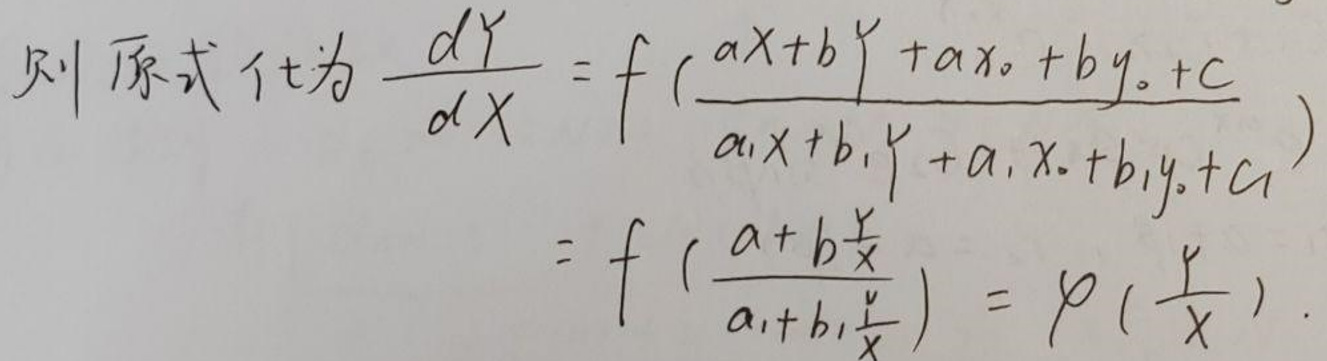
则原式化为
\[
\begin{align*}
\frac{dY}{dX}&=f\left(\frac{aX + bY+ax_0 + by_0 + c}{a_1X + b_1Y+a_1x_0 + b_1y_0 + c_1}\right)\\
&=f\left(\frac{a + b\frac{Y}{X}}{a_1 + b_1\frac{Y}{X}}\right)=\varphi\left(\frac{Y}{X}\right).
\end{align*}
\]